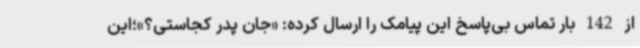
از 142 بار تماس بی‌پاسخ این پیامک را ارسال کرده: «جان پدر کجاستی؟»؛این